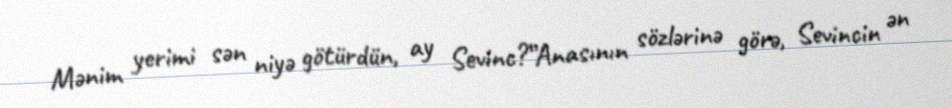
Mənim yerimi sən niyə götürdün, ay Sevinc?”Anasının sözlərinə görə, Sevincin ən